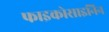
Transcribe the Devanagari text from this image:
फाइकोसाइनिन